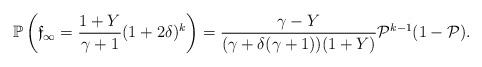
\begin{align*} \mathbb{P}\left(\mathfrak{f}_\infty=\frac{1+Y}{\gamma+1}(1+2\delta)^k\right)=\frac{\gamma-Y}{(\gamma+\delta(\gamma+1))(1+Y)}\mathcal{P}^{k-1}(1-\mathcal{P}).\end{align*}